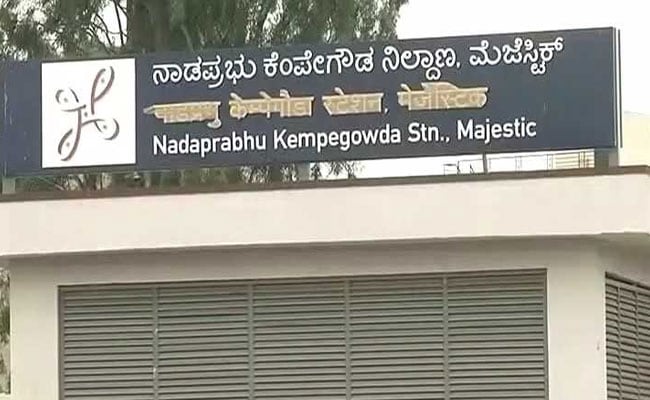
Language: kannada
Transcription: ನಿಲ್ದಾಣ. ನಾಡಪ್ರಭು ಮೆಜೆಸ್ಟಿಕ್ ಕೆಂಪೇಗೌಡ